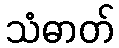
သံဓာတ်